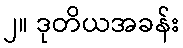
၂။ ဒုတိယအခန်း